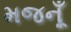
મજનૂઁ